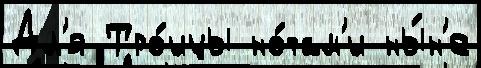
Дл'я Тро́ицы но́там'и ны́н'е